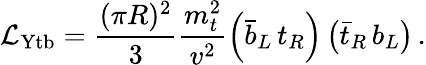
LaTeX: {\mathcal{L}}_{\mathrm{Ytb}}=\frac{(\pi R)^{2}}{3}\frac{m_{t}^{2}}{v^{2}}\left(\bar{b}_{L}\, t_{R}\right)\left(\bar{t}_{R}\, b_{L}\right)\, .